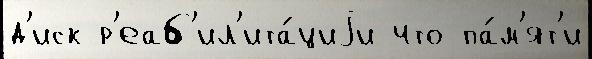
д'иск р'еаб'ил'ита́циjи что па́м'ят'и